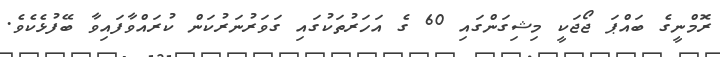
ރޮމްނީގެ ބައްޕަ ޖޯޖަކީ މިޝިގަންގައި 60 ގެ އަހަރުތަކުގައި ގަވަރުނަރުކަން ކުރައްވާފައިވާ ބޭފުޅެކެވެ.